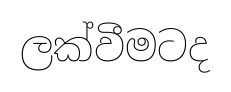
ලක්වීමටද